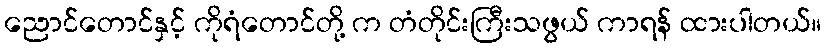
ညောင်တောင်နှင့် ကိုရံတောင်တို့ က တံတိုင်းကြီးသဖွယ် ကာရန် ထားပါတယ်။